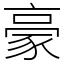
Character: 豪